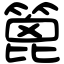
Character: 篦